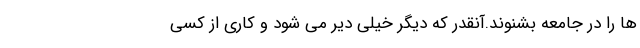
ها را در جامعه بشنوند.آنقدر که دیگر خیلی دیر می شود و کاری از کسی